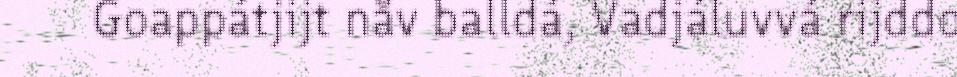
Goappátjijt nåv balldá, Vadjáluvvá rijddo